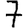
Digit: 7